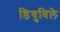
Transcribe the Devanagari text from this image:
डियुविले